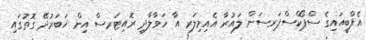
އެފްބީއައިގެ ސްޕޯކްސްޕަރސަން ލައުރާ އެއިމިލަރ އާ ހަވާލާދީ ރޮއިޓަރސް އިން ޚަބަރުދޭ ގޮތުގައި